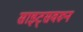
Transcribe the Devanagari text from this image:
साइट्सवरून